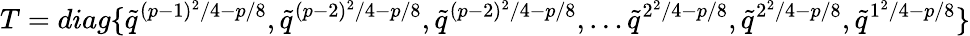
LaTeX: T=diag\{ \tilde{q}^{(p-1)^{2}/4-p/8},\tilde{q}^{(p-2)^{2}/4-p/8},\tilde{q}^{(p-2)^{2}/4-p/8},\ldots\tilde{q}^{2^{2}/4-p/8},\tilde{q}^{2^{2}/4-p/8},\tilde{q}^{1^{2}/4-p/8}\}